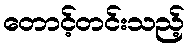
တောင့်တင်းသည့်